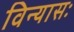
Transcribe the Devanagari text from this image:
विन्यासः